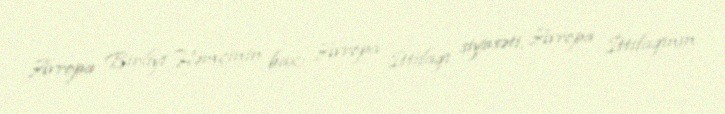
Avropa Birliyi Həmçinin bax: Avropa İttifaqı siyasəti, Avropa İttifaqının